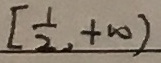
[ \frac { 1 } { 2 } , + \infty )